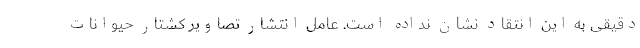
دقیقی به این انتقاد نشان نداده است. عامل انتشار تصاویر کشتار حیوانات